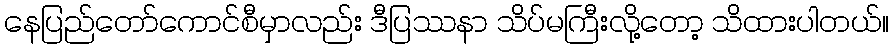
နေပြည်တော်ကောင်စီမှာလည်း ဒီပြဿနာ သိပ်မကြီးလို့တော့ သိထားပါတယ်။